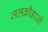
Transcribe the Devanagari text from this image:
जलक्रीडाओं